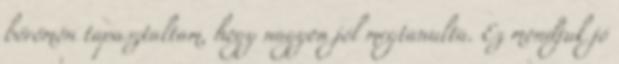
bőrömön tapasztaltam, hogy nagyon jól megtanulta. Ez mondjuk jó